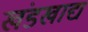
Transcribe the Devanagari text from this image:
खंडखाद्य